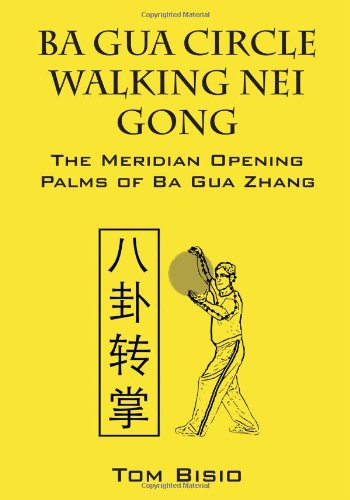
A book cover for Ba Gua Circle Walking Nei Gong: The Meridian Opening Palms of Ba Gua Zhang; Tom Bisio; Health, Fitness & Dieting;